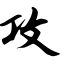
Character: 攻